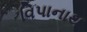
વિપાનાથ